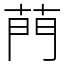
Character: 菛